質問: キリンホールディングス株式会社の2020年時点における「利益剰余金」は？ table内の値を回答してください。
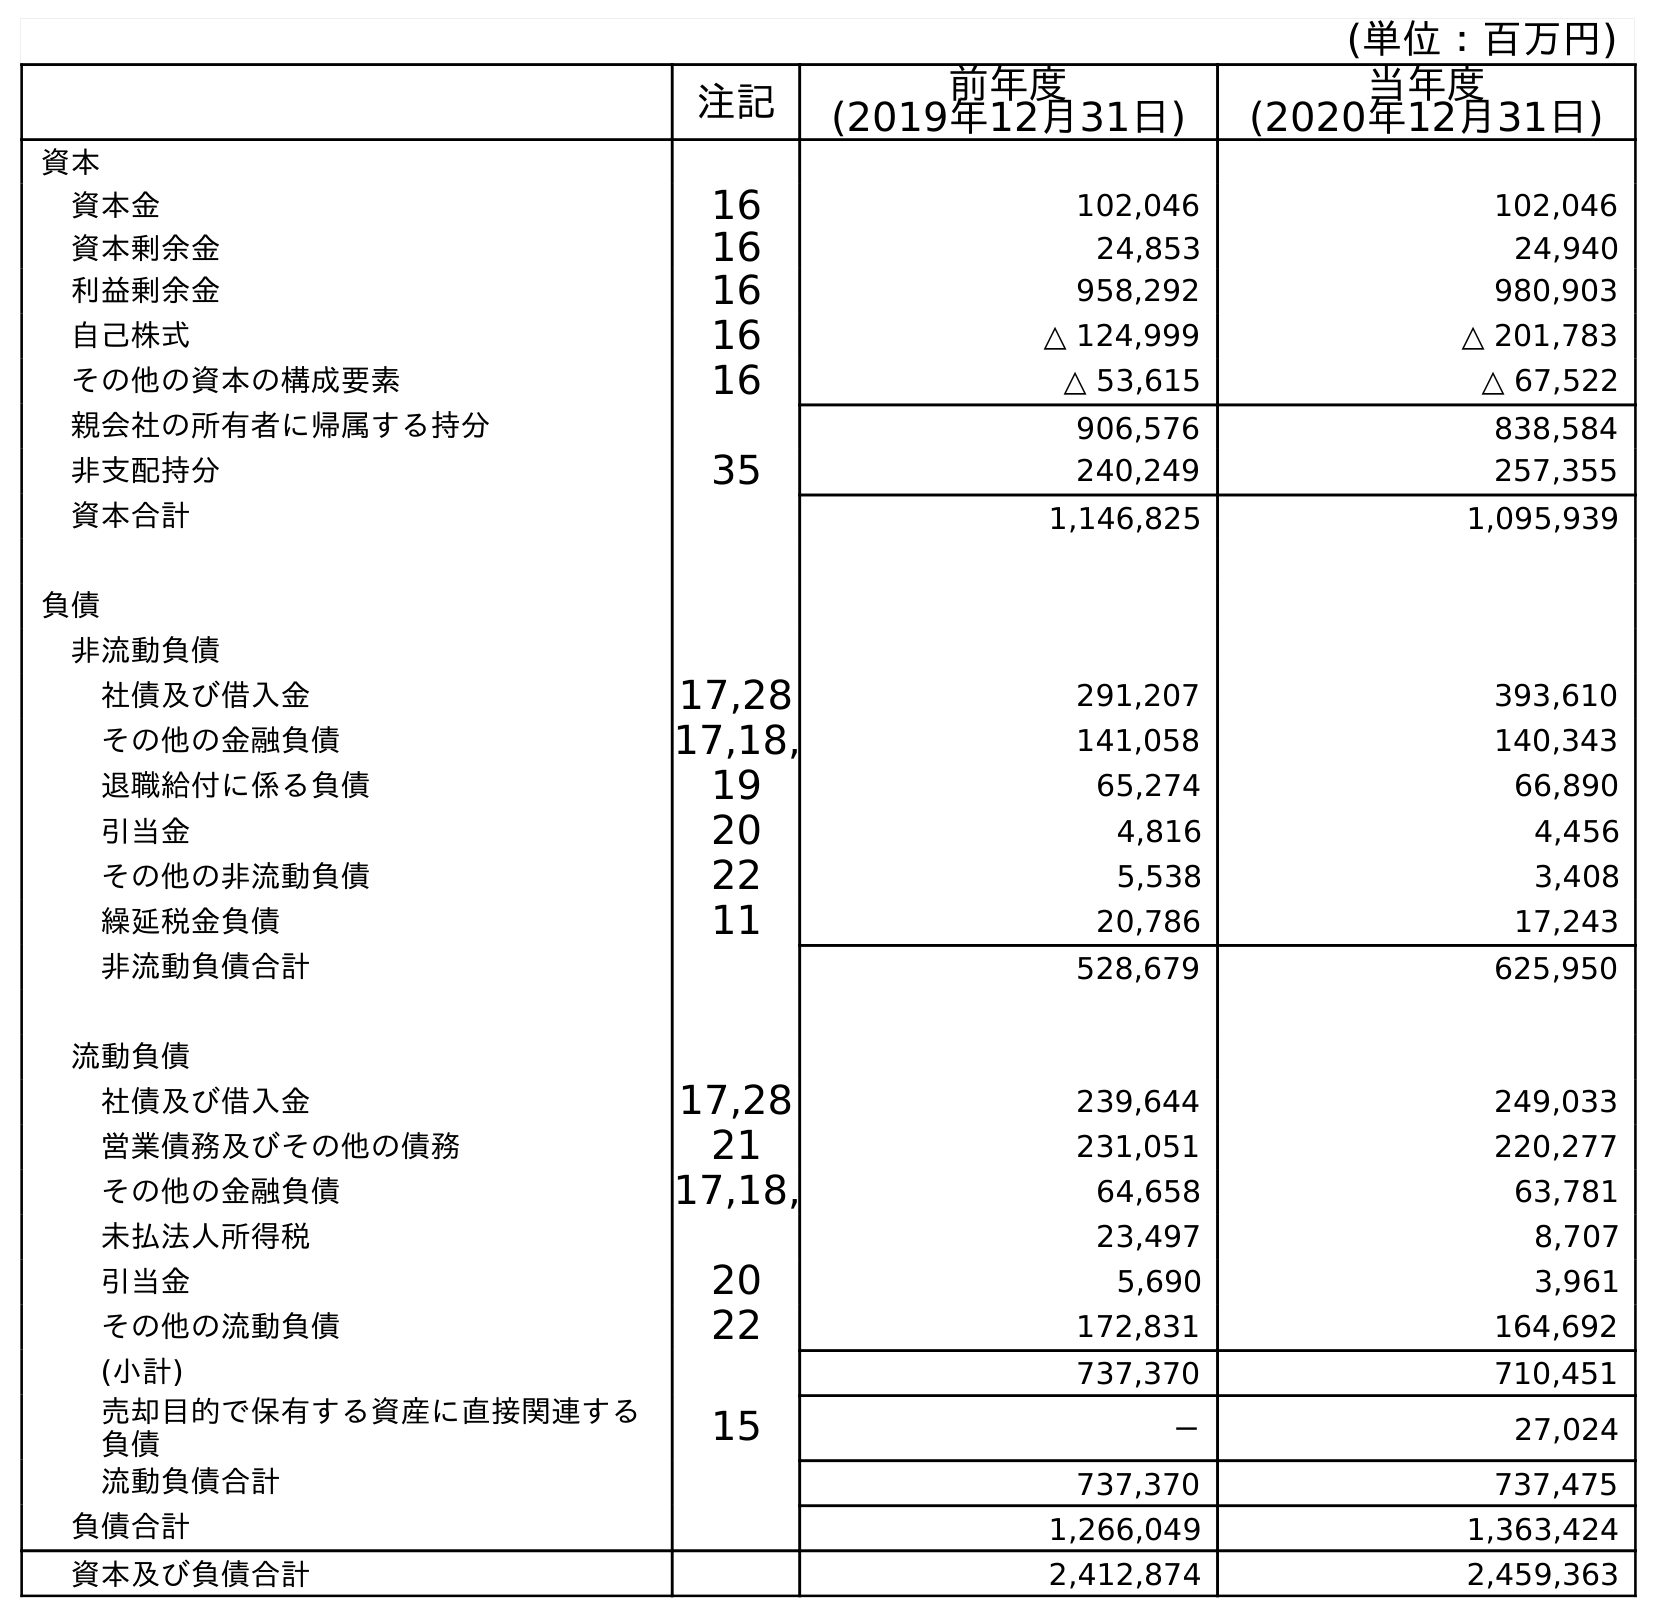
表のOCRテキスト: (単位：百万円) 注記 前年度 (2019年12月31日) 当年度 (2020年12月31日) 資本 資本金 16 102,046 102,046 資本剰余金 16 24,853 24,940 利益剰余金 16 958,292 980,903 自己株式 16 △ 124,999 △ 201,783 その他の資本の構成要素 16 △ 53,615 △ 67,522 親会社の所有者に帰属する持分 906,576 838,584 非支配持分 35 240,249 257,355 資本合計 1,146,825 1,095,939 負債 非流動負債 社債及び借入金 17,28 291,207 393,610 その他の金融負債 17,18, 141,058 140,343 退職給付に係る負債 19 65,274 66,890 引当金 20 4,816 4,456 その他の非流動負債 22 5,538 3,408 繰延税金負債 11 20,786 17,243 非流動負債合計 528,679 625,950 流動負債 社債及び借入金 17,28 239,644 249,033 営業債務及びその他の債務 21 231,051 220,277 その他の金融負債 17,18, 64,658 63,781 未払法人所得税 23,497 8,707 引当金 20 5,690 3,961 その他の流動負債 22 172,831 164,692 (小計) 737,370 710,451 売却目的で保有する資産に直接関連する 負債 15 － 27,024 流動負債合計 737,370 737,475 負債合計 1,266,049 1,363,424 資本及び負債合計 2,412,874 2,459,363
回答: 980,903